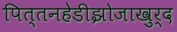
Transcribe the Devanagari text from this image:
पित्तनहेडीझोजाखुर्द